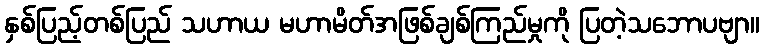
နှစ်ပြည့်တစ်ပြည် သဟာယ မဟာမိတ်အဖြစ်ချစ်ကြည်မှုကို ပြတဲ့သဘောပဗျာ။